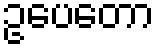
ဥပေတော